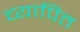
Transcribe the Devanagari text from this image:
व्यापित